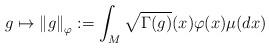
LaTeX: \begin{align*}g\mapsto \left\|g\right\|_\varphi:=\int_M \sqrt{\Gamma(g)}(x)\varphi(x)\mu(dx)\end{align*}